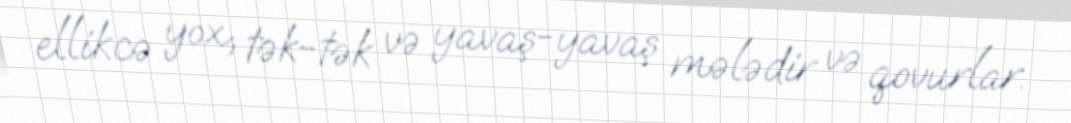
ellikcə yox, tək-tək və yavaş-yavaş mələdir və qovurlar.